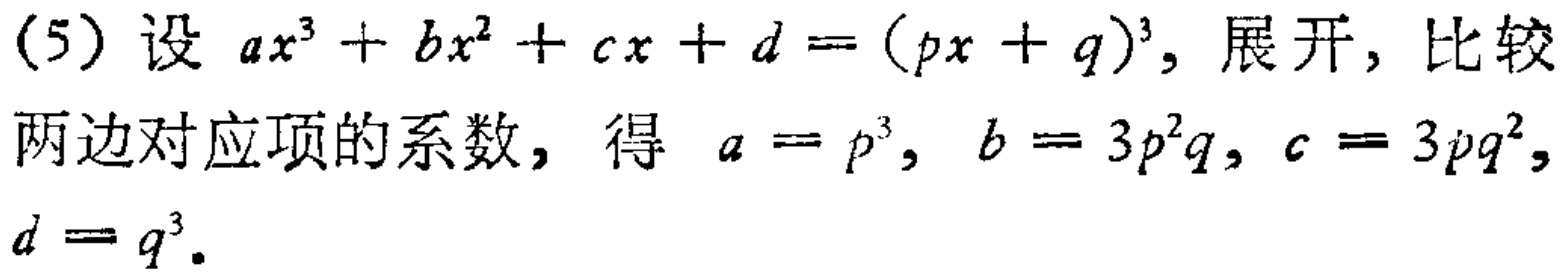
(5) 设 \(ax^{3}+bx^{2}+cx + d=(px + q)^{3}\)，展开，比较两边对应项的系数，得 \(a = p^{3}\)，\(b = 3p^{2}q\)，\(c = 3pq^{2}\)，\(d = q^{3}\)。